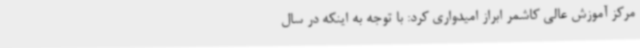
مرکز آموزش عالی کاشمر ابراز امیدواری کرد: با توجه به اینکه در سال